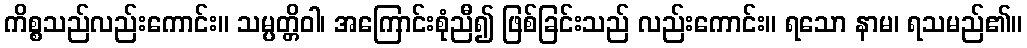
ကိစ္စသည်လည်းကောင်း။ သမ္ပတ္တိဝါ၊ အကြောင်းစုံညီ၍ ဖြစ်ခြင်းသည် လည်းကောင်း။ ရသော နာမ၊ ရသမည်၏။